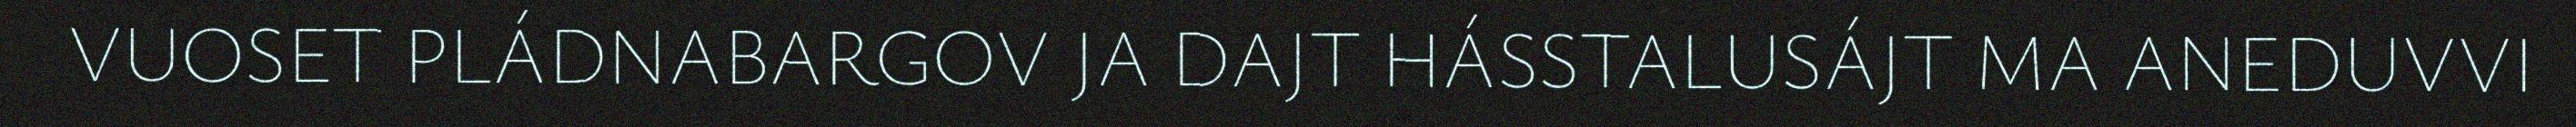
VUOSET PLÁDNABARGOV JA DAJT HÁSSTALUSÁJT MA ANEDUVVI